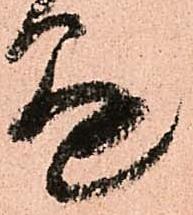
懸